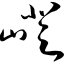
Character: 嶝